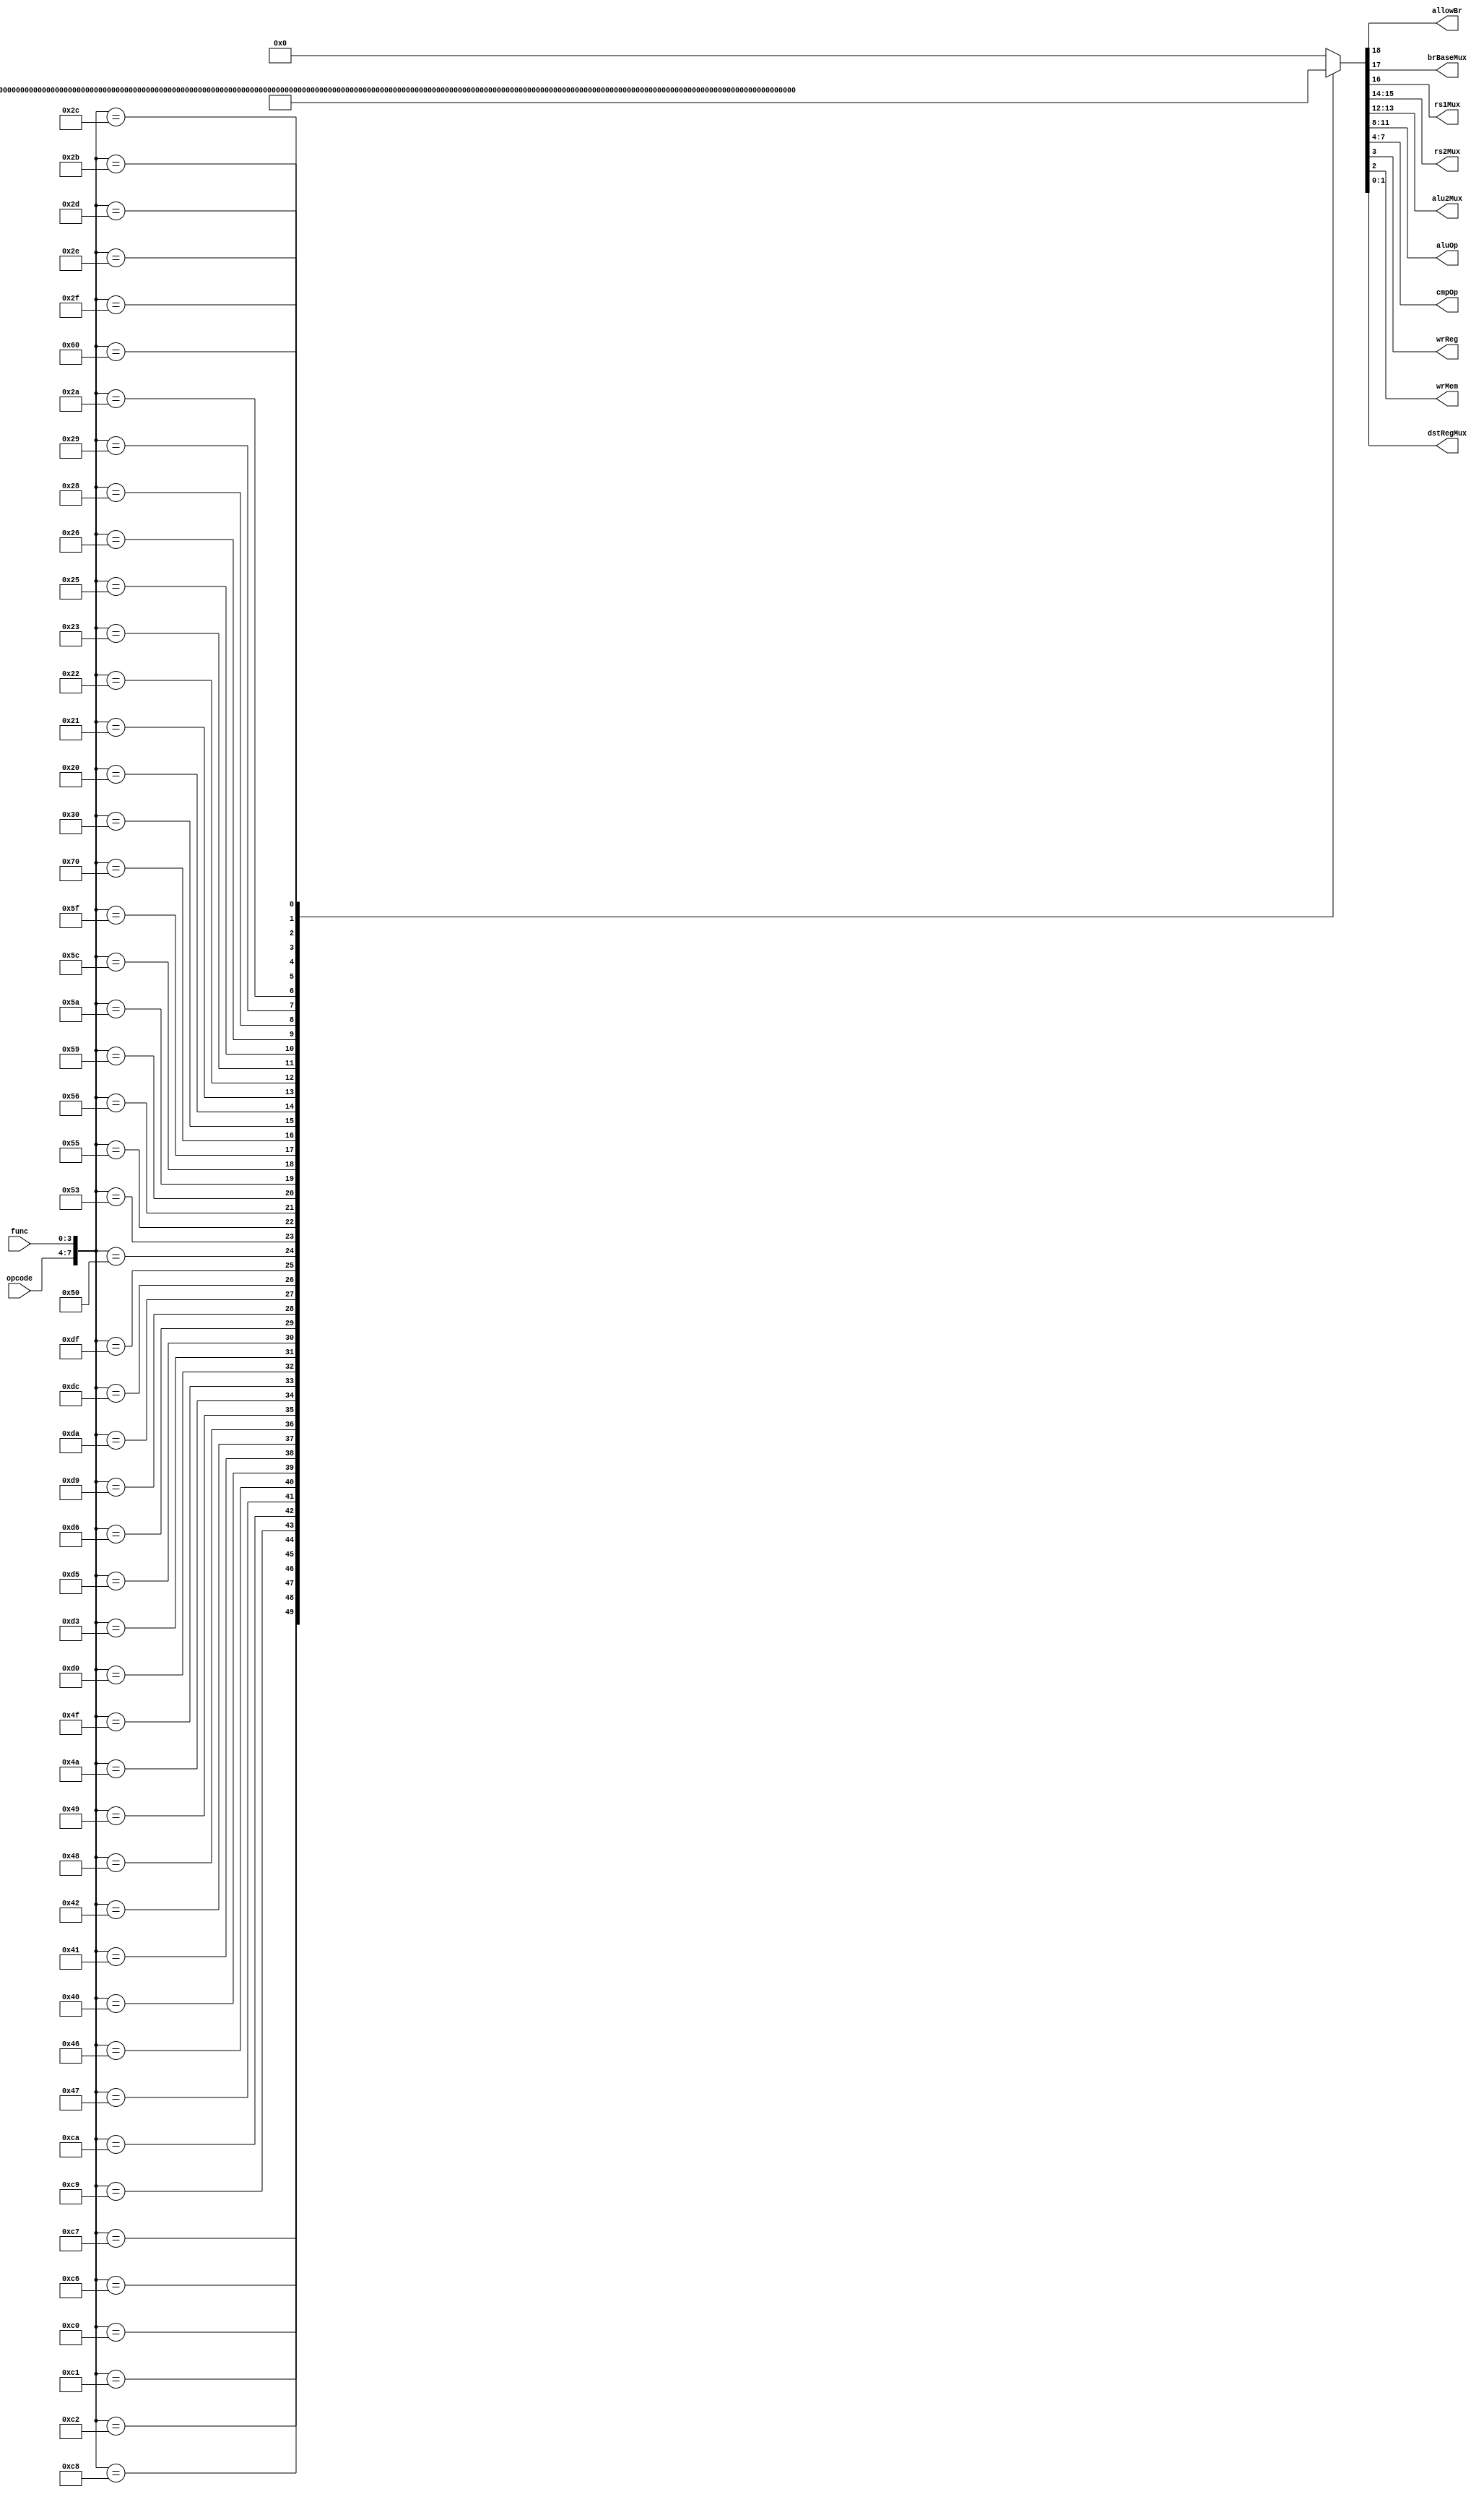
//                              -*- Mode: Verilog -*-
// Description     : Single Cycle Processor Controller
//
module SCProcController(opcode, func, allowBr, brBaseMux, rs1Mux, rs2Mux,
                        alu2Mux, aluOp, cmpOp, wrReg, wrMem, dstRegMux);
   input [3:0] opcode;
   input [3:0] func;

   output allowBr;
   output brBaseMux;
   output rs1Mux;
   output [1:0] rs2Mux;
   output [1:0] alu2Mux;
   output [3:0] aluOp;
   output [3:0] cmpOp;
   output wrReg;
   output wrMem;
   output [1:0] dstRegMux;

   wire [7:0] inputSignals;
   reg [18:0] outputSignals;

   // Group inputs into bit vector
   assign inputSignals = {{opcode}, {func}};

   // Assign outputs from split bit vector
   assign allowBr = outputSignals[18];
   assign brBaseMux = outputSignals[17];
   assign rs1Mux = outputSignals[16];
   assign rs2Mux = outputSignals[15:14];
   assign alu2Mux = outputSignals[13:12];
   assign aluOp = outputSignals[11:8];
   assign cmpOp = outputSignals[7:4];
   assign wrReg = outputSignals[3];
   assign wrMem = outputSignals[2];
   assign dstRegMux = outputSignals[1:0];

   // Output signal generation map
   // These constants are generates from the included controller spreadsheet
   always @ (inputSignals) begin
      case (inputSignals)
        8'b11000111: outputSignals = 19'b0_0_0_00_00_0111_0000_1_0_00;
        8'b11000110: outputSignals = 19'b0_0_0_00_00_0110_0000_1_0_00;
        8'b11000000: outputSignals = 19'b0_0_0_00_00_0000_0000_1_0_00;
        8'b11000001: outputSignals = 19'b0_0_0_00_00_0001_0000_1_0_00;
        8'b11000010: outputSignals = 19'b0_0_0_00_00_0010_0000_1_0_00;
        8'b11001000: outputSignals = 19'b0_0_0_00_00_1000_0000_1_0_00;
        8'b11001001: outputSignals = 19'b0_0_0_00_00_1001_0000_1_0_00;
        8'b11001010: outputSignals = 19'b0_0_0_00_00_1010_0000_1_0_00;
        8'b01000111: outputSignals = 19'b0_0_0_00_01_0111_0000_1_0_00;
        8'b01000110: outputSignals = 19'b0_0_0_00_01_0110_0000_1_0_00;
        8'b01000000: outputSignals = 19'b0_0_0_00_01_0000_0000_1_0_00;
        8'b01000001: outputSignals = 19'b0_0_0_00_01_0001_0000_1_0_00;
        8'b01000010: outputSignals = 19'b0_0_0_00_01_0010_0000_1_0_00;
        8'b01001000: outputSignals = 19'b0_0_0_00_01_1000_0000_1_0_00;
        8'b01001001: outputSignals = 19'b0_0_0_00_01_1001_0000_1_0_00;
        8'b01001010: outputSignals = 19'b0_0_0_00_01_1010_0000_1_0_00;
        8'b01001111: outputSignals = 19'b0_0_0_00_01_1111_0000_1_0_00;
        8'b11010000: outputSignals = 19'b0_0_0_00_00_0110_0000_1_0_11;
        8'b11010011: outputSignals = 19'b0_0_0_00_00_0110_0011_1_0_11;
        8'b11010101: outputSignals = 19'b0_0_0_00_00_0110_0101_1_0_11;
        8'b11010110: outputSignals = 19'b0_0_0_00_00_0110_0110_1_0_11;
        8'b11011001: outputSignals = 19'b0_0_0_00_00_0110_1001_1_0_11;
        8'b11011010: outputSignals = 19'b0_0_0_00_00_0110_1010_1_0_11;
        8'b11011100: outputSignals = 19'b0_0_0_00_00_0110_1100_1_0_11;
        8'b11011111: outputSignals = 19'b0_0_0_00_00_0110_1111_1_0_11;
        8'b01010000: outputSignals = 19'b0_0_0_00_01_0110_0000_1_0_11;
        8'b01010011: outputSignals = 19'b0_0_0_00_01_0110_0011_1_0_11;
        8'b01010101: outputSignals = 19'b0_0_0_00_01_0110_0101_1_0_11;
        8'b01010110: outputSignals = 19'b0_0_0_00_01_0110_0110_1_0_11;
        8'b01011001: outputSignals = 19'b0_0_0_00_01_0110_1001_1_0_11;
        8'b01011010: outputSignals = 19'b0_0_0_00_01_0110_1010_1_0_11;
        8'b01011100: outputSignals = 19'b0_0_0_00_01_0110_1100_1_0_11;
        8'b01011111: outputSignals = 19'b0_0_0_00_01_0110_1111_1_0_11;
        8'b01110000: outputSignals = 19'b0_0_0_00_01_0111_0000_1_0_01;
        8'b00110000: outputSignals = 19'b0_0_0_01_01_0111_0000_0_1_00;
        8'b00100000: outputSignals = 19'b1_0_1_10_00_0110_0000_0_0_00;
        8'b00100001: outputSignals = 19'b1_0_1_10_10_0110_0101_0_0_00;
        8'b00100010: outputSignals = 19'b1_0_1_10_10_0110_0110_0_0_00;
        8'b00100011: outputSignals = 19'b1_0_1_10_00_0110_0011_0_0_00;
        8'b00100101: outputSignals = 19'b1_0_1_10_00_0110_0101_0_0_00;
        8'b00100110: outputSignals = 19'b1_0_1_10_00_0110_0110_0_0_00;
        8'b00101000: outputSignals = 19'b1_0_1_10_10_0110_1100_0_0_00;
        8'b00101001: outputSignals = 19'b1_0_1_10_00_0110_1001_0_0_00;
        8'b00101010: outputSignals = 19'b1_0_1_10_00_0110_1010_0_0_00;
        8'b00101011: outputSignals = 19'b1_0_1_10_00_0110_1111_0_0_00;
        8'b00101100: outputSignals = 19'b1_0_1_10_11_0110_1100_0_0_00;
        8'b00101101: outputSignals = 19'b1_0_1_10_10_0110_1001_0_0_00;
        8'b00101110: outputSignals = 19'b1_0_1_10_10_0110_1010_0_0_00;
        8'b00101111: outputSignals = 19'b1_0_1_10_10_0110_1111_0_0_00;
        8'b01100000: outputSignals = 19'b1_1_0_00_00_0000_0000_1_0_10;
        default: outputSignals = 19'b0_0_00_00_0000_0000_0_0_00;
      endcase // case (inputSignals)
   end
endmodule // SCProcController